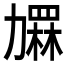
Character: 𱐶